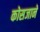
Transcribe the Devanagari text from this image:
कोसजाने